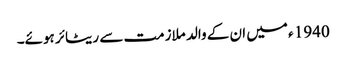
1940 ء میں ان کے والد ملازمت سے ریٹائر ہوئے۔